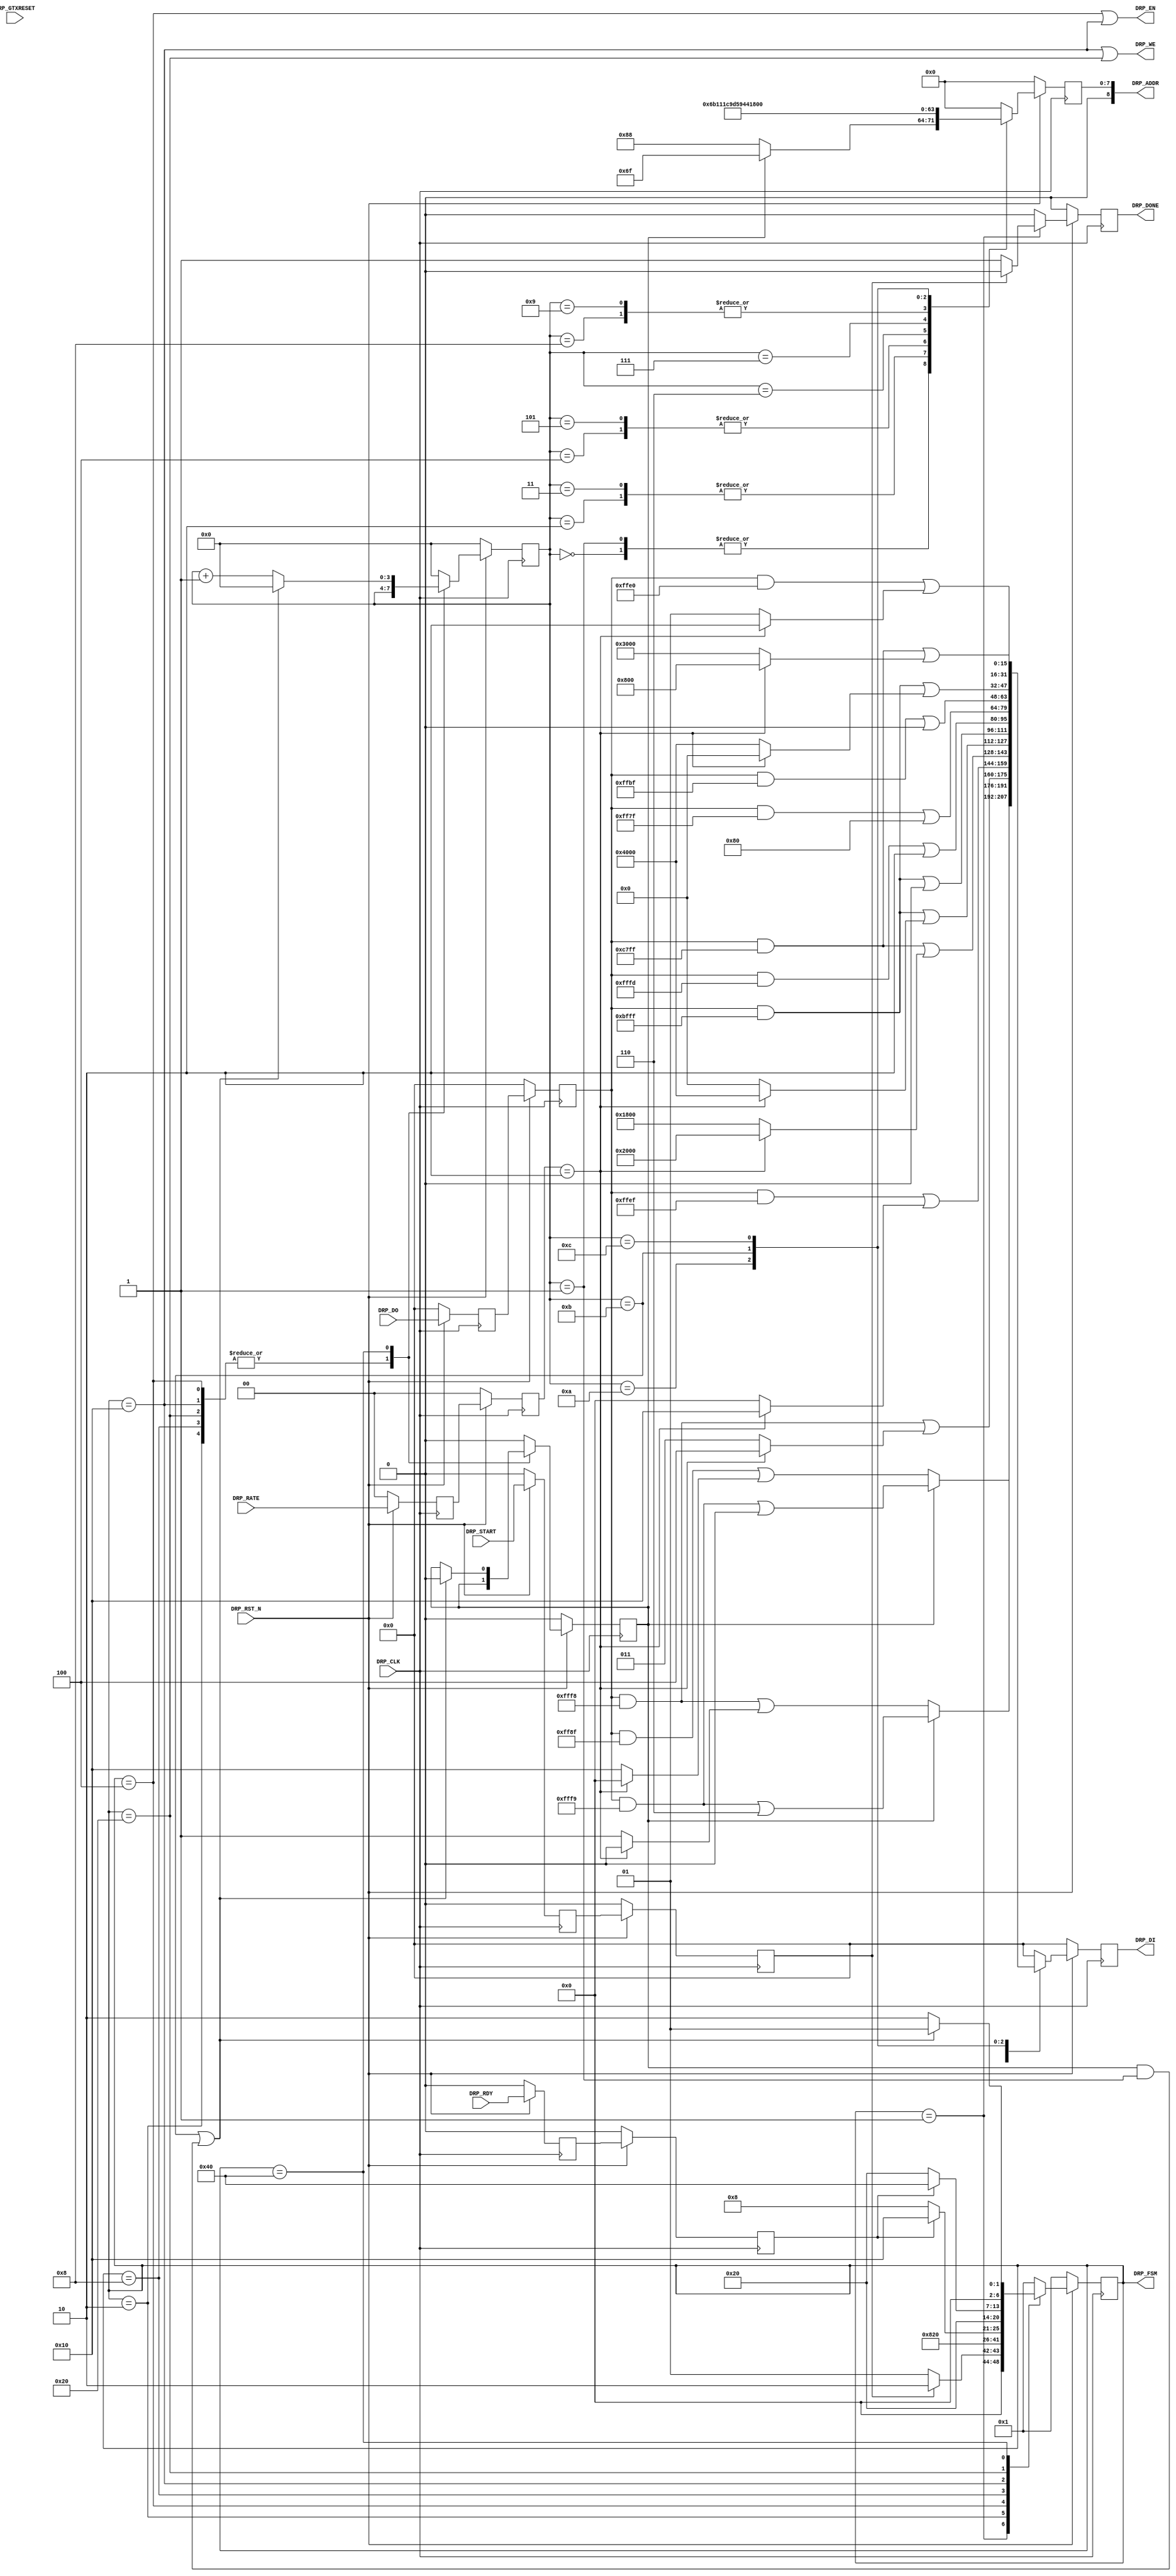
//-----------------------------------------------------------------------------
//
// (c) Copyright 2010-2011 Xilinx, Inc. All rights reserved.
//
// This file contains confidential and proprietary information
// of Xilinx, Inc. and is protected under U.S. and
// international copyright and other intellectual property
// laws.
//
// DISCLAIMER
// This disclaimer is not a license and does not grant any
// rights to the materials distributed herewith. Except as
// otherwise provided in a valid license issued to you by
// Xilinx, and to the maximum extent permitted by applicable
// law: (1) THESE MATERIALS ARE MADE AVAILABLE "AS IS" AND
// WITH ALL FAULTS, AND XILINX HEREBY DISCLAIMS ALL WARRANTIES
// AND CONDITIONS, EXPRESS, IMPLIED, OR STATUTORY, INCLUDING
// BUT NOT LIMITED TO WARRANTIES OF MERCHANTABILITY, NON-
// INFRINGEMENT, OR FITNESS FOR ANY PARTICULAR PURPOSE; and
// (2) Xilinx shall not be liable (whether in contract or tort,
// including negligence, or under any other theory of
// liability) for any loss or damage of any kind or nature
// related to, arising under or in connection with these
// materials, including for any direct, or any indirect,
// special, incidental, or consequential loss or damage
// (including loss of data, profits, goodwill, or any type of
// loss or damage suffered as a result of any action brought
// by a third party) even if such damage or loss was
// reasonably foreseeable or Xilinx had been advised of the
// possibility of the same.
//
// CRITICAL APPLICATIONS
// Xilinx products are not designed or intended to be fail-
// safe, or for use in any application requiring fail-safe
// performance, such as life-support or safety devices or
// systems, Class III medical devices, nuclear facilities,
// applications related to the deployment of airbags, or any
// other applications that could lead to death, personal
// injury, or severe property or environmental damage
// (individually and collectively, "Critical
// Applications"). Customer assumes the sole risk and
// liability of any use of Xilinx products in Critical
// Applications, subject only to applicable laws and
// regulations governing limitations on product liability.
//
// THIS COPYRIGHT NOTICE AND DISCLAIMER MUST BE RETAINED AS
// PART OF THIS FILE AT ALL TIMES.
//
//-----------------------------------------------------------------------------
// Project    : Series-7 Integrated Block for PCI Express
// Version    : 1.3
//------------------------------------------------------------------------------
//  Description  :  PIPE DRP Module for 7 Series Transceiver
//  Version      :  11.2
//------------------------------------------------------------------------------



`timescale 1ns / 1ps



//---------- PIPE DRP Module ---------------------------------------------------
module pcie_7x_v1_3_pipe_drp #
(

    parameter PCIE_USE_MODE    = "1.1",                     // PCIe use mode
    parameter PCIE_PLL_SEL     = "CPLL",                    // PCIe PLL select for Gen1/Gen2 only
    parameter PCIE_TXBUF_EN    = "FALSE",                   // PCIe TX buffer enable for Gen1/Gen2 only
    parameter PCIE_RXBUF_EN    = "TRUE",                    // PCIe RX buffer enable for Gen3      only
    parameter PCIE_TXSYNC_MODE = 0,                         // PCIe TX sync mode
    parameter PCIE_RXSYNC_MODE = 0,                         // PCIe RX sync mode
    parameter INDEX_MAX        = 4'd11                      // Index max count

)

(

    //---------- Input -------------------------------------
    input               DRP_CLK,
    input               DRP_RST_N,
    input               DRP_GTXRESET,
    input       [ 1:0]  DRP_RATE,
    input               DRP_START,
    input       [15:0]  DRP_DO,
    input               DRP_RDY,

    //---------- Output ------------------------------------
    output      [ 8:0]  DRP_ADDR,
    output              DRP_EN,
    output      [15:0]  DRP_DI,
    output              DRP_WE,
    output              DRP_DONE,
    output      [ 6:0]  DRP_FSM

);

    //---------- Input Registers ---------------------------
    reg                 gtxreset_reg1;
    reg         [ 1:0]  rate_reg1;
    reg                 start_reg1;
    reg         [15:0]  do_reg1;
    reg                 rdy_reg1;

    reg                 gtxreset_reg2;
    reg         [ 1:0]  rate_reg2;
    reg                 start_reg2;
    reg         [15:0]  do_reg2;
    reg                 rdy_reg2;

    //---------- Internal Signals --------------------------
    reg         [ 3:0]  index    =  4'd0;
    reg                 mode     =  1'd0;
    reg         [ 8:0]  addr_reg =  9'd0;
    reg         [15:0]  di_reg   = 16'd0;

    //---------- Output Registers --------------------------
    reg                 done     =  1'd0;
    reg         [ 6:0]  fsm      =  7'd1;

    //---------- DRP Address -------------------------------
    localparam          ADDR_PCS_RSVD_ATTR        = 9'h06F;
    localparam          ADDR_TXOUT_DIV            = 9'h088;
    localparam          ADDR_RXOUT_DIV            = 9'h088;
    localparam          ADDR_TX_DATA_WIDTH        = 9'h06B;
    localparam          ADDR_TX_INT_DATAWIDTH     = 9'h06B;
    localparam          ADDR_RX_DATA_WIDTH        = 9'h011;
    localparam          ADDR_RX_INT_DATAWIDTH     = 9'h011;
    localparam          ADDR_TXBUF_EN             = 9'h01C;
    localparam          ADDR_RXBUF_EN             = 9'h09D;
    localparam          ADDR_TX_XCLK_SEL          = 9'h059;
    localparam          ADDR_RX_XCLK_SEL          = 9'h059;
    localparam          ADDR_CLK_CORRECT_USE      = 9'h044;
    localparam          ADDR_TX_DRIVE_MODE        = 9'h019;
    localparam          ADDR_RXCDR_EIDLE          = 9'h0A7;

    //---------- DRP Mask ----------------------------------
    localparam          MASK_PCS_RSVD_ATTR        = 16'b1111111111111001;  // Unmask bit [ 2: 1]
    localparam          MASK_TXOUT_DIV            = 16'b1111111110001111;  // Unmask bit [ 6: 4]
    localparam          MASK_RXOUT_DIV            = 16'b1111111111111000;  // Unmask bit [ 2: 0]
    localparam          MASK_TX_DATA_WIDTH        = 16'b1111111111111000;  // Unmask bit [ 2: 0]
    localparam          MASK_TX_INT_DATAWIDTH     = 16'b1111111111101111;  // Unmask bit [    4]
    localparam          MASK_RX_DATA_WIDTH        = 16'b1100011111111111;  // Unmask bit [13:11]
    localparam          MASK_RX_INT_DATAWIDTH     = 16'b1011111111111111;  // Unmask bit [   14]
    localparam          MASK_TXBUF_EN             = 16'b1011111111111111;  // Unmask bit [   14]
    localparam          MASK_RXBUF_EN             = 16'b1111111111111101;  // Unmask bit [    1]
    localparam          MASK_TX_XCLK_SEL          = 16'b1111111101111111;  // Unmask bit [    7]
    localparam          MASK_RX_XCLK_SEL          = 16'b1111111110111111;  // Unmask bit [    6]
    localparam          MASK_CLK_CORRECT_USE      = 16'b1011111111111111;  // Unmask bit [   14]
    localparam          MASK_TX_DRIVE_MODE        = 16'b1111111111100000;  // Unmask bit [  4:0]
    localparam          MASK_RXCDR_EIDLE          = 16'b1100011111111111;  // Unmask bit [13:11]

    //---------- DRP Data for PCIe Gen1 and Gen2 -----------
    localparam          GEN12_TXOUT_DIV           = (PCIE_PLL_SEL == "QPLL") ? 16'b0000000000100000 : 16'b0000000000010000;  // Divide by 4 or 2
    localparam          GEN12_RXOUT_DIV           = (PCIE_PLL_SEL == "QPLL") ? 16'b0000000000000010 : 16'b0000000000000001;  // Divide by 4 or 2
    localparam          GEN12_TX_DATA_WIDTH       = 16'b0000000000000011;  // 2-byte (16-bit) external data width
    localparam          GEN12_TX_INT_DATAWIDTH    = 16'b0000000000000000;  // 2-byte (20-bit) internal data width
    localparam          GEN12_RX_DATA_WIDTH       = 16'b0001100000000000;  // 2-byte (16-bit) external data width
    localparam          GEN12_RX_INT_DATAWIDTH    = 16'b0000000000000000;  // 2-byte (20-bit) internal data width
    localparam          GEN12_TXBUF_EN            = 16'b0100000000000000;  // Use TX buffer if PCIE_TXBUF_EN == "TRUE"
    localparam          GEN12_RXBUF_EN            = 16'b0000000000000010;  // Use RX buffer
    localparam          GEN12_TX_XCLK_SEL         = 16'b0000000000000000;  // Use TXOUT if PCIE_TXBUF_EN == "TRUE"
    localparam          GEN12_RX_XCLK_SEL         = 16'b0000000000000000;  // Use RXREC
    localparam          GEN12_CLK_CORRECT_USE     = 16'b0100000000000000;  // Use clock correction
    localparam          GEN12_TX_DRIVE_MODE       = 16'b0000000000000001;  // Use PIPE Gen1 and Gen2 mode
    localparam          GEN12_RXCDR_EIDLE         = 16'b0011000000000000;  // Reset RXCDR phase and frequency on electrical idle

    //---------- DRP Data for PCIe Gen3 --------------------
    localparam          GEN3_TXOUT_DIV            = 16'b0000000000000000;  // Divide by 1
    localparam          GEN3_RXOUT_DIV            = 16'b0000000000000000;  // Divide by 1
    localparam          GEN3_TX_DATA_WIDTH        = 16'b0000000000000100;  // 4-byte (32-bit) external data width
    localparam          GEN3_TX_INT_DATAWIDTH     = 16'b0000000000010000;  // 4-byte (32-bit) internal data width
    localparam          GEN3_RX_DATA_WIDTH        = 16'b0010000000000000;  // 4-byte (32-bit) external data width
    localparam          GEN3_RX_INT_DATAWIDTH     = 16'b0100000000000000;  // 4-byte (32-bit) internal data width
    localparam          GEN3_TXBUF_EN             = 16'b0000000000000000;  // Bypass TX buffer
    localparam          GEN3_RXBUF_EN             = 16'b0000000000000000;  // Bypass RX buffer
    localparam          GEN3_TX_XCLK_SEL          = 16'b0000000010000000;  // Use TXUSR
    localparam          GEN3_RX_XCLK_SEL          = 16'b0000000001000000;  // Use RXUSR
    localparam          GEN3_CLK_CORRECT_USE      = 16'b0000000000000000;  // Bypass clock correction
    localparam          GEN3_TX_DRIVE_MODE        = 16'b0000000000000010;  // Use PIPE Gen3 mode
    localparam          GEN3_RXCDR_EIDLE          = 16'b0000100000000000;  // Hold RXCDR during electrical idle

    //---------- DRP Data for PCIe Gen1, Gen2 and Gen3 -----
    localparam          GEN123_PCS_RSVD_ATTR_A    = 16'b0000000000000000;  // Auto TX and RX sync mode
    localparam          GEN123_PCS_RSVD_ATTR_M_TX = 16'b0000000000000010;  // Manual TX sync mode
    localparam          GEN123_PCS_RSVD_ATTR_M_RX = 16'b0000000000000100;  // Manual RX sync mode

    //---------- DRP Data ----------------------------------
    wire        [15:0]  data_txout_div;
    wire        [15:0]  data_rxout_div;
    wire        [15:0]  data_tx_data_width;
    wire        [15:0]  data_tx_int_datawidth;
    wire        [15:0]  data_rx_data_width;
    wire        [15:0]  data_rx_int_datawidth;
    wire        [15:0]  data_txbuf_en;
    wire        [15:0]  data_rxbuf_en;
    wire        [15:0]  data_tx_xclk_sel;
    wire        [15:0]  data_rx_xclk_sel;
    wire        [15:0]  data_clk_correction_use;
    wire        [15:0]  data_tx_drive_mode;
    wire        [15:0]  data_rxcdr_eidle;

    wire        [15:0]  data_pcs_rsvd_attr_a;
    wire        [15:0]  data_pcs_rsvd_attr_m_tx;
    wire        [15:0]  data_pcs_rsvd_attr_m_rx;
    wire        [15:0]  data_pcs_rsvd_attr_m;

    //---------- FSM ---------------------------------------
    localparam          FSM_IDLE  = 7'b0000001;
    localparam          FSM_LOAD  = 7'b0000010;
    localparam          FSM_READ  = 7'b0000100;
    localparam          FSM_RRDY  = 7'b0001000;
    localparam          FSM_WRITE = 7'b0010000;
    localparam          FSM_WRDY  = 7'b0100000;
    localparam          FSM_DONE  = 7'b1000000;



//---------- Input FF ----------------------------------------------------------
always @ (posedge DRP_CLK)
begin

    if (!DRP_RST_N)
        begin
        //---------- 1st Stage FF --------------------------
        gtxreset_reg1 <=  1'd0;
        rate_reg1     <=  2'd0;
        do_reg1       <= 16'd0;
        rdy_reg1      <=  1'd0;
        start_reg1    <=  1'd0;
        //---------- 2nd Stage FF --------------------------
        gtxreset_reg2 <=  1'd0;
        rate_reg2     <=  2'd0;
        do_reg2       <= 16'd0;
        rdy_reg2      <=  1'd0;
        start_reg2    <=  1'd0;
        end

    else
        begin
        //---------- 1st Stage FF --------------------------
        gtxreset_reg1 <= DRP_GTXRESET;
        rate_reg1     <= DRP_RATE;
        do_reg1       <= DRP_DO;
        rdy_reg1      <= DRP_RDY;
        start_reg1    <= DRP_START;
        //---------- 2nd Stage FF --------------------------
        gtxreset_reg2 <= gtxreset_reg1;
        rate_reg2     <= rate_reg1;
        do_reg2       <= do_reg1;
        rdy_reg2      <= rdy_reg1;
        start_reg2    <= start_reg1;
        end

end



//---------- Select DRP Data ---------------------------------------------------
assign data_txout_div          =  (rate_reg2 == 2'd2)                                ? GEN3_TXOUT_DIV        : GEN12_TXOUT_DIV;
assign data_rxout_div          =  (rate_reg2 == 2'd2)                                ? GEN3_RXOUT_DIV        : GEN12_RXOUT_DIV;
assign data_tx_data_width      =  (rate_reg2 == 2'd2)                                ? GEN3_TX_DATA_WIDTH    : GEN12_TX_DATA_WIDTH;
assign data_tx_int_datawidth   =  (rate_reg2 == 2'd2)                                ? GEN3_TX_INT_DATAWIDTH : GEN12_TX_INT_DATAWIDTH;
assign data_rx_data_width      =  (rate_reg2 == 2'd2)                                ? GEN3_RX_DATA_WIDTH    : GEN12_RX_DATA_WIDTH;
assign data_rx_int_datawidth   =  (rate_reg2 == 2'd2)                                ? GEN3_RX_INT_DATAWIDTH : GEN12_RX_INT_DATAWIDTH;
assign data_txbuf_en           = ((rate_reg2 == 2'd2) || (PCIE_TXBUF_EN == "FALSE")) ? GEN3_TXBUF_EN         : GEN12_TXBUF_EN;
assign data_rxbuf_en           = ((rate_reg2 == 2'd2) && (PCIE_RXBUF_EN == "FALSE")) ? GEN3_RXBUF_EN         : GEN12_RXBUF_EN;
assign data_tx_xclk_sel        = ((rate_reg2 == 2'd2) || (PCIE_TXBUF_EN == "FALSE")) ? GEN3_TX_XCLK_SEL      : GEN12_TX_XCLK_SEL;
assign data_rx_xclk_sel        = ((rate_reg2 == 2'd2) && (PCIE_RXBUF_EN == "FALSE")) ? GEN3_RX_XCLK_SEL      : GEN12_RX_XCLK_SEL;
assign data_clk_correction_use =  (rate_reg2 == 2'd2)                                ? GEN3_CLK_CORRECT_USE  : GEN12_CLK_CORRECT_USE;
assign data_tx_drive_mode      =  (rate_reg2 == 2'd2)                                ? GEN3_TX_DRIVE_MODE    : GEN12_TX_DRIVE_MODE;
assign data_rxcdr_eidle        =  (rate_reg2 == 2'd2)                                ? GEN3_RXCDR_EIDLE      : GEN12_RXCDR_EIDLE;

assign data_pcs_rsvd_attr_a    = GEN123_PCS_RSVD_ATTR_A;
assign data_pcs_rsvd_attr_m_tx = PCIE_TXSYNC_MODE ? GEN123_PCS_RSVD_ATTR_A : GEN123_PCS_RSVD_ATTR_M_TX;
assign data_pcs_rsvd_attr_m_rx = PCIE_RXSYNC_MODE ? GEN123_PCS_RSVD_ATTR_A : GEN123_PCS_RSVD_ATTR_M_RX;
assign data_pcs_rsvd_attr_m    = data_pcs_rsvd_attr_m_tx | data_pcs_rsvd_attr_m_rx;



//---------- Update DRP Address and Data ---------------------------------------
always @ (posedge DRP_CLK)
begin

    if (!DRP_RST_N)
        begin
        addr_reg <=  9'd0;
        di_reg   <= 16'd0;
        end
    else
        begin

        case (index)

        //--------------------------------------------------
        4'd0:
            begin
            addr_reg <= mode ? ADDR_PCS_RSVD_ATTR : ADDR_TXOUT_DIV;
            di_reg   <= mode ? ((do_reg2 & MASK_PCS_RSVD_ATTR)  | data_pcs_rsvd_attr_a)
                             : ((do_reg2 & MASK_TXOUT_DIV) | data_txout_div);
            end

        //--------------------------------------------------
        4'd1:
            begin
            addr_reg <= mode ? ADDR_PCS_RSVD_ATTR : ADDR_RXOUT_DIV;
            di_reg   <= mode ? ((do_reg2 & MASK_PCS_RSVD_ATTR)  | data_pcs_rsvd_attr_m)
                             : ((do_reg2 & MASK_RXOUT_DIV) | data_rxout_div);
            end

        //--------------------------------------------------
        4'd2 :
            begin
            addr_reg <= ADDR_TX_DATA_WIDTH;
            di_reg   <= (do_reg2 & MASK_TX_DATA_WIDTH) | data_tx_data_width;
            end

        //--------------------------------------------------
        4'd3 :
            begin
            addr_reg <= ADDR_TX_INT_DATAWIDTH;
            di_reg   <= (do_reg2 & MASK_TX_INT_DATAWIDTH) | data_tx_int_datawidth;
            end

        //--------------------------------------------------
        4'd4 :
            begin
            addr_reg <= ADDR_RX_DATA_WIDTH;
            di_reg   <= (do_reg2 & MASK_RX_DATA_WIDTH) | data_rx_data_width;
            end

        //--------------------------------------------------
        4'd5 :
            begin
            addr_reg <= ADDR_RX_INT_DATAWIDTH;
            di_reg   <= (do_reg2 & MASK_RX_INT_DATAWIDTH) | data_rx_int_datawidth;
            end

        //--------------------------------------------------
        4'd6 :
            begin
            addr_reg <= ADDR_TXBUF_EN;
            di_reg   <= (do_reg2 & MASK_TXBUF_EN) | data_txbuf_en;
            end

        //--------------------------------------------------
        4'd7 :
            begin
            addr_reg <= ADDR_RXBUF_EN;
            di_reg   <= (do_reg2 & MASK_RXBUF_EN) | data_rxbuf_en;
            end

        //--------------------------------------------------
        4'd8 :
            begin
            addr_reg <= ADDR_TX_XCLK_SEL;
            di_reg   <= (do_reg2 & MASK_TX_XCLK_SEL) | data_tx_xclk_sel;
            end

        //--------------------------------------------------
        4'd9 :
            begin
            addr_reg <= ADDR_RX_XCLK_SEL;
            di_reg   <= (do_reg2 & MASK_RX_XCLK_SEL) | data_rx_xclk_sel;
            end

        //--------------------------------------------------
        4'd10 :
            begin
            addr_reg <= ADDR_CLK_CORRECT_USE;
            di_reg   <= (do_reg2 & MASK_CLK_CORRECT_USE) | data_clk_correction_use;
            end

        //--------------------------------------------------
        4'd11 :
            begin
            addr_reg <= ADDR_TX_DRIVE_MODE;
            di_reg   <= (do_reg2 & MASK_TX_DRIVE_MODE) | data_tx_drive_mode;
            end

        //--------------------------------------------------
        4'd12 :
            begin
            addr_reg <= ADDR_RXCDR_EIDLE;
            di_reg   <= (do_reg2 & MASK_RXCDR_EIDLE) | data_rxcdr_eidle;
            end

        //--------------------------------------------------
        default :
            begin
            addr_reg <=  9'd0;
            di_reg   <= 16'd0;
            end

        endcase

        end

end



//---------- PIPE DRP FSM ------------------------------------------------------
always @ (posedge DRP_CLK)
begin

    if (!DRP_RST_N)
        begin
        fsm   <= FSM_IDLE;
        index <= 4'd0;
        mode  <= 1'd0;
        done  <= 1'd0;
        end
    else
        begin

        case (fsm)

        //---------- Idle State ----------------------------
        FSM_IDLE :

            begin
            //---------- Reset or Rate Change --------------
            if (start_reg2)
                begin
                fsm   <= FSM_LOAD;
                index <= 4'd0;
                mode  <= 1'd0;
                done  <= 1'd0;
                end
            //---------- GTXRESET --------------------------
            else if ((gtxreset_reg2 && !gtxreset_reg1) && ((PCIE_TXSYNC_MODE == 0) || (PCIE_RXSYNC_MODE == 0)) && (PCIE_USE_MODE == "1.0"))
                begin
                fsm   <= FSM_LOAD;
                index <= 4'd0;
                mode  <= 1'd1;
                done  <= 1'd0;
                end
            //---------- Idle ------------------------------
            else
                begin
                fsm   <= FSM_IDLE;
                index <= 4'd0;
                mode  <= 1'd0;
                done  <= 1'd1;
                end
            end

        //---------- Load DRP Address  ---------------------
        FSM_LOAD :

            begin
            fsm   <= FSM_READ;
            index <= index;
            mode  <= mode;
            done  <= 1'd0;
            end

        //---------- Read DRP ------------------------------
        FSM_READ :

            begin
            fsm   <= FSM_RRDY;
            index <= index;
            mode  <= mode;
            done  <= 1'd0;
            end

        //---------- Read DRP Ready ------------------------
        FSM_RRDY :

            begin
            fsm   <= rdy_reg2 ? FSM_WRITE : FSM_RRDY;
            index <= index;
            mode  <= mode;
            done  <= 1'd0;
            end


        //---------- Write DRP -----------------------------
        FSM_WRITE :

            begin
            fsm   <= FSM_WRDY;
            index <= index;
            mode  <= mode;
            done  <= 1'd0;
            end

        //---------- Write DRP Ready -----------------------
        FSM_WRDY :

            begin
            fsm   <= rdy_reg2 ? FSM_DONE : FSM_WRDY;
            index <= index;
            mode  <= mode;
            done  <= 1'd0;
            end

        //---------- DRP Done ------------------------------
        FSM_DONE :

            begin
            if ((index == INDEX_MAX) || (mode && (index == 4'd1)))
                begin
                fsm   <= FSM_IDLE;
                index <= 4'd0;
                mode  <= 1'd0;
                done  <= 1'd0;
                end
            else
                begin
                fsm   <= FSM_LOAD;
                index <= index + 4'd1;
                mode  <= mode;
                done  <= 1'd0;
                end
            end

        //---------- Default State -------------------------
        default :

            begin
            fsm   <= FSM_IDLE;
            index <= 4'd0;
            mode  <= 1'd0;
            done  <= 1'd0;
            end

        endcase

        end

end



//---------- PIPE DRP Output ---------------------------------------------------
assign DRP_ADDR = addr_reg;
assign DRP_EN   = (fsm == FSM_READ) || (fsm == FSM_WRITE);
assign DRP_DI   = di_reg;
assign DRP_WE   = (fsm == FSM_WRITE) || (fsm == FSM_WRDY);
assign DRP_DONE = done;
assign DRP_FSM  = fsm;



endmodule